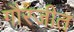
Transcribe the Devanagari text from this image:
गौरजीत